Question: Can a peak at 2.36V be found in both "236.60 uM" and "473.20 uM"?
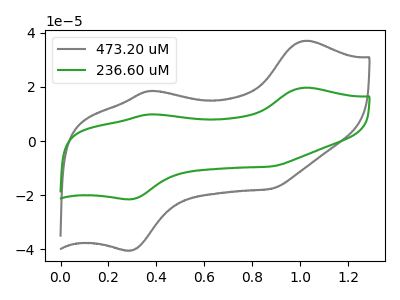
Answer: <think>The gray curve "473.20 uM" has anodic peaks at (1.00V, 37.05uA) (0.40V, 18.55uA) and cathodic peaks at (0.30V, -40.40uA) (0.90V, -17.65uA). The green curve "236.60 uM" has anodic peaks at (1.00V, 19.70uA) (0.40V, 9.85uA) and cathodic peaks at (0.30V, -21.50uA) (0.90V, -9.40uA).</think>
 <answer>No, "236.60 uM" and "473.20 uM" dont share a peak at 2.36V.</answer>
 <eval>mismatch</eval>